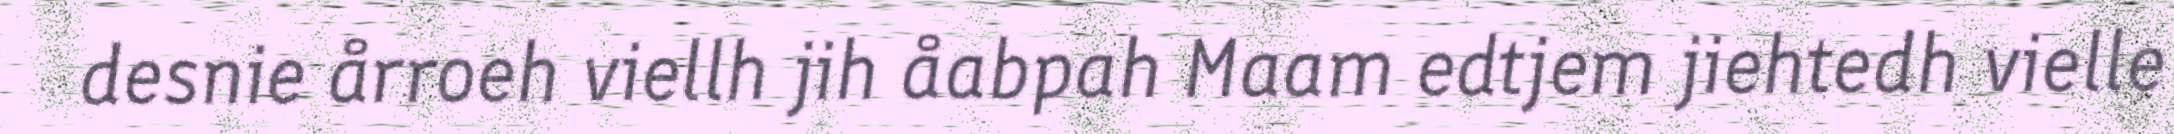
desnie årroeh viellh jih åabpah Maam edtjem jiehtedh vielle